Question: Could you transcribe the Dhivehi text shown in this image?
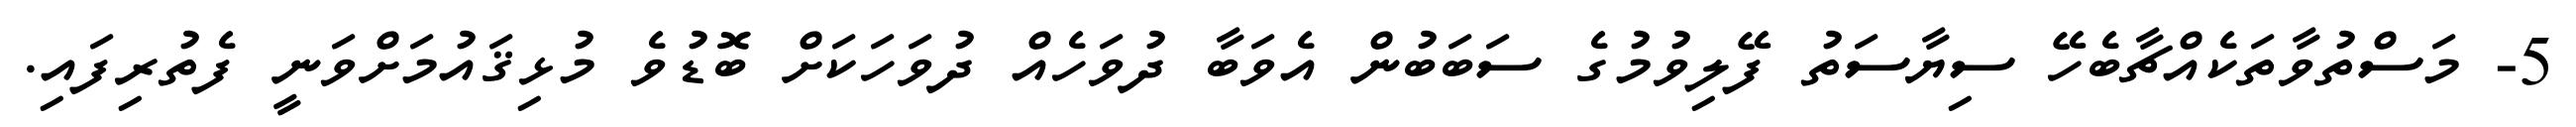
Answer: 5- މަސްތުވާތަކެއްޗާބެހޭ ސިޔާސަތު ފޭލިވުމުގެ ސަބަބުން އެވަބާ ދުވަހެއް ދުވަހަކަށް ބޮޑުވެ މުޅިޤައުމަށްވަނީ ފެތުރިފައި.